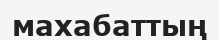
махабаттың